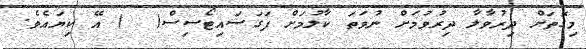
މިގޮތަށް ދިރުވާލާ ދިރުވުމަށް ނުވަތަ ކާލުމަށް ފަގަސައިޓޯސިސް(  ) އޭ ކިޔައެވެ.